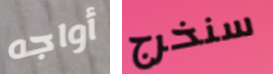
أواجه سنخرج